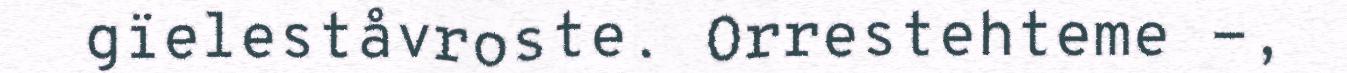
gïeleståvroste. Orrestehteme -,